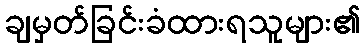
ချမှတ်ခြင်းခံထားရသူများ၏